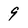
Character: 9